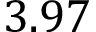
3 . 9 7